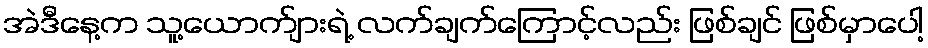
အဲဒီနေ့က သူ့ယောက်ျားရဲ့ လက်ချက်ကြောင့်လည်း ဖြစ်ချင် ဖြစ်မှာပေါ့